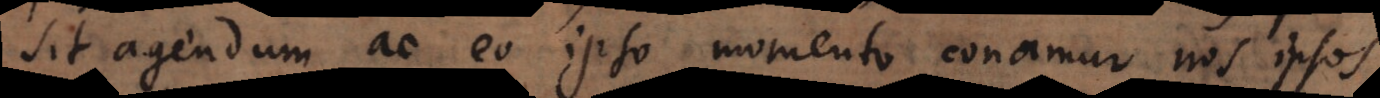
sit agendum ac eo ipso momento conamur nos ipsos